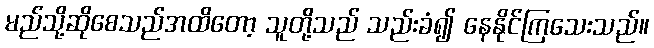
မည်သို့ဆိုစေသည်အထိတော့ သူတို့သည် သည်းခံ၍ နေနိုင်ကြသေးသည်။